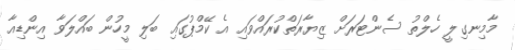
މާމިނގިލީ ހެލްތު ސެންޓަރަށް ޒިޔާރަތްކުރައްވައި އެ ކޭމްޕުގައި ބަލި މީހުން ބައްލަވާ އިންޑިއާ